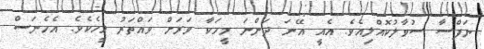
ނަފްސާ ސުވާލުކޮއްލިއެވެ. އެއީ އޭނަ ދަންނަ މީހަކާ ވަރަށް ވައްތަރު މީހެކެވެ. އެހެނަސް